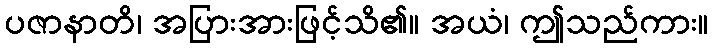
ပဇာနာတိ၊ အပြားအားဖြင့်သိ၏။ အယံ၊ ဤသည်ကား။